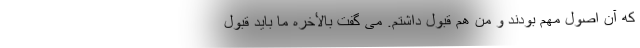
که آن اصول مهم بودند و من هم قبول داشتم. می گفت بالأخره ما باید قبول